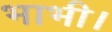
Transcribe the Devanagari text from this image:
भाभी।